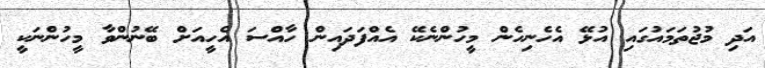
އަދި މުޖުތަމައުގައި އުޅޭ އެހެނިހެން މީހުންނެކޭ އެއްފަދައިން ހާއްސަ އެހީއަށް ބޭނުންވާ މީހުންނަކީ